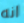
انه